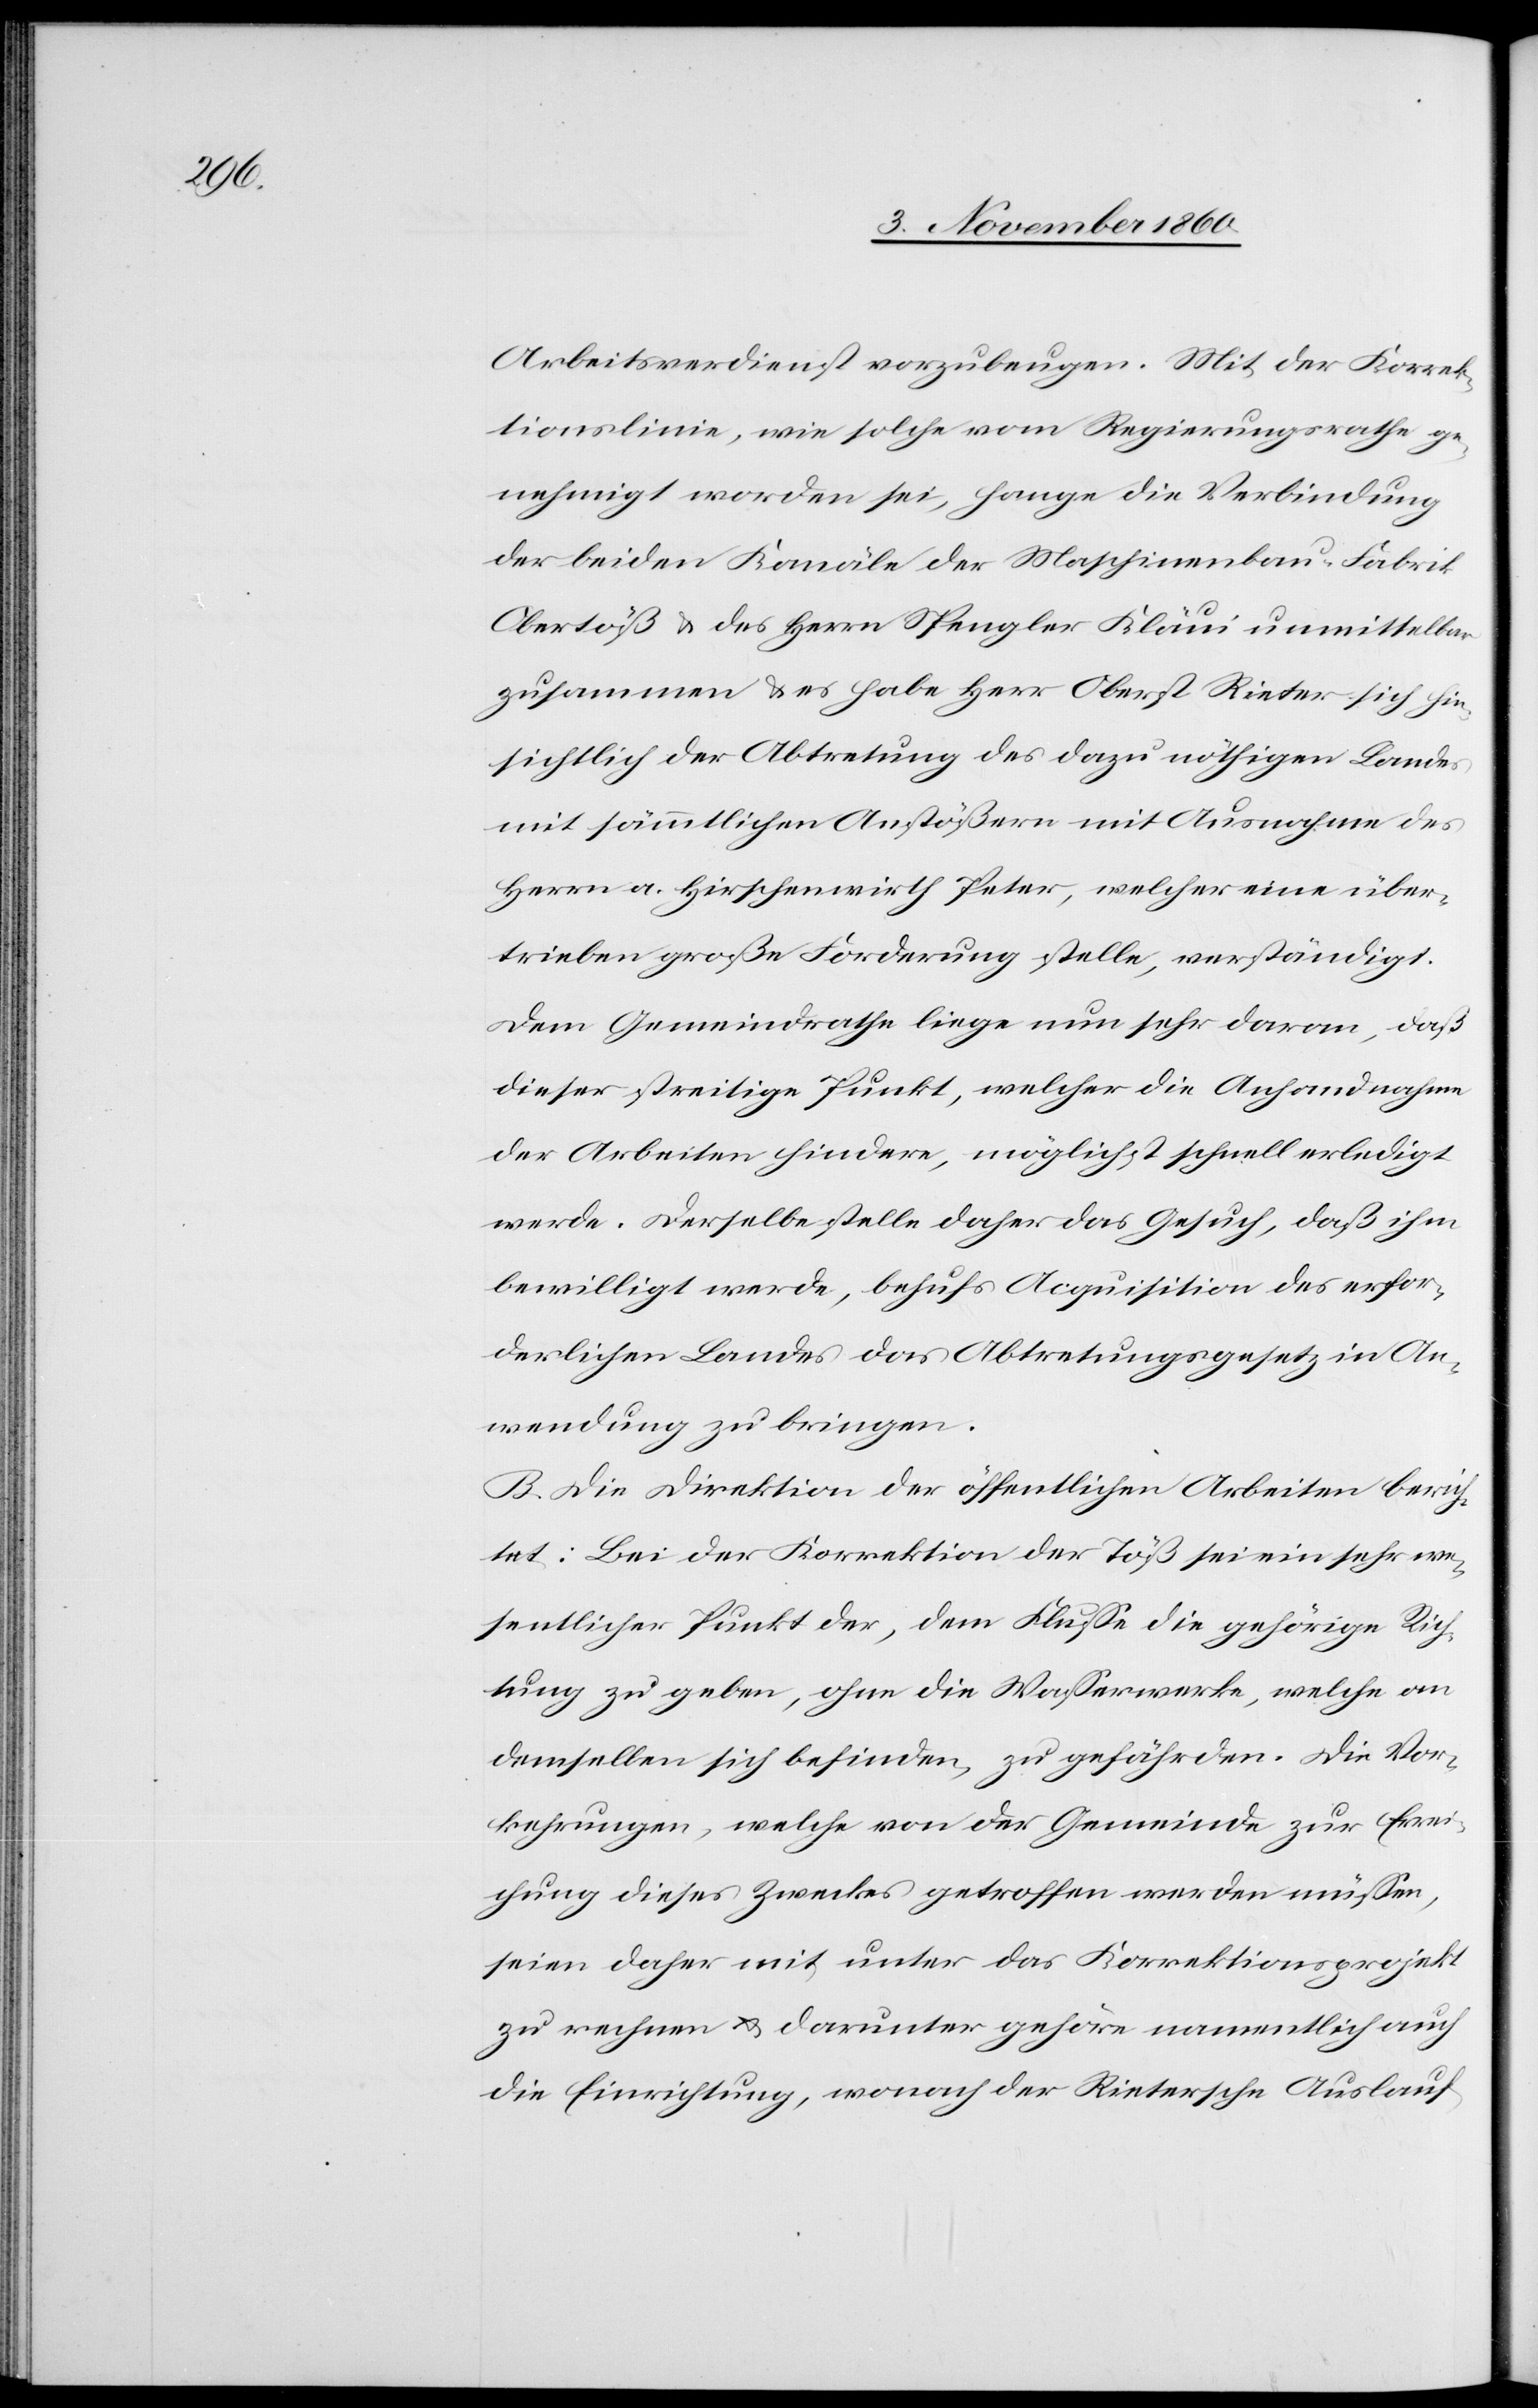
Arbeitsverdienst vorzubeugen. Mit der Korrek¬
tionslinie, wie solche vom Regierungsrathe ge¬
nehmigt worden sei, hange die Verbindung
der beiden Kanäle der Maschinenbau-Fabrik
Obertöß u. des Herrn Spengler Kläui unmittelbar
zusammen u. es habe Herr Oberst Rieter sich hin¬
sichtlich der Abtretung des dazu nöthigen Landes
mit sämmtlichen Anstößern mit Ausnahme des
Herrn a. Hirschenwirth Peter, welcher eine über¬
triebene große Forderung stelle, verständigt.
Dem Gemeindrathe liege nun sehr daran, daß
dieser streitige Punkt, welcher die Anhandnahme
der Arbeiten hindere, möglichst schnell erledigt
werde. Derselbe stelle daher das Gesuch, daß ihm
bewilligt werde, behufs Acquisition des erfor¬
derlichen Landes das Abtretungsgesetz in An¬
wendung zu bringen.
B. Die Direktion der öffentlichen Arbeiten berich¬
tet: Bei der Korrektion der Töß sei ein sehr we¬
sentlicher Punkt der, dem Fluße die gehörige Rich¬
tung zu geben, ohne die Wasserwerke, welche an
demselben sich befinden, zu gefährden. Die Vor¬
kehrungen, welche von der Gemeinde zur Errei¬
chung dieses Zweckes getroffen werden müssen,
seien daher mit unter das Korrektionsprojekt
zu rechnen u. darunter gehöre namentlich auch
die Einrichtung, wonach der Rietersche Auslauf-